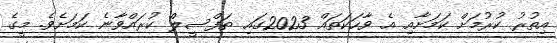
އިތުރު ކުރުމަށް ކަމަށާއި އެ ވާހަކަތައް 2023ގައި ތަފްސީލް ކުރައްވާނެ ކަމަށެވެ. މީގެ